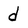
Character: d